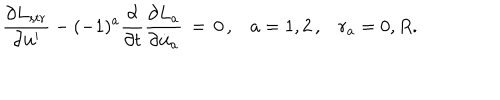
\frac { \partial L _ { s t r } } { \partial { \bf u } ^ { \prime } } - ( - 1 ) ^ { a } \frac { \partial } { \partial t } \frac { \partial L _ { a } } { \partial \dot { \bf u } _ { a } } \, = \, 0 \, { , } \quad a = 1 , 2 \, { , } \quad r _ { a } = 0 , R .